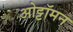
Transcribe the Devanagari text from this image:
ओट्टॉमन